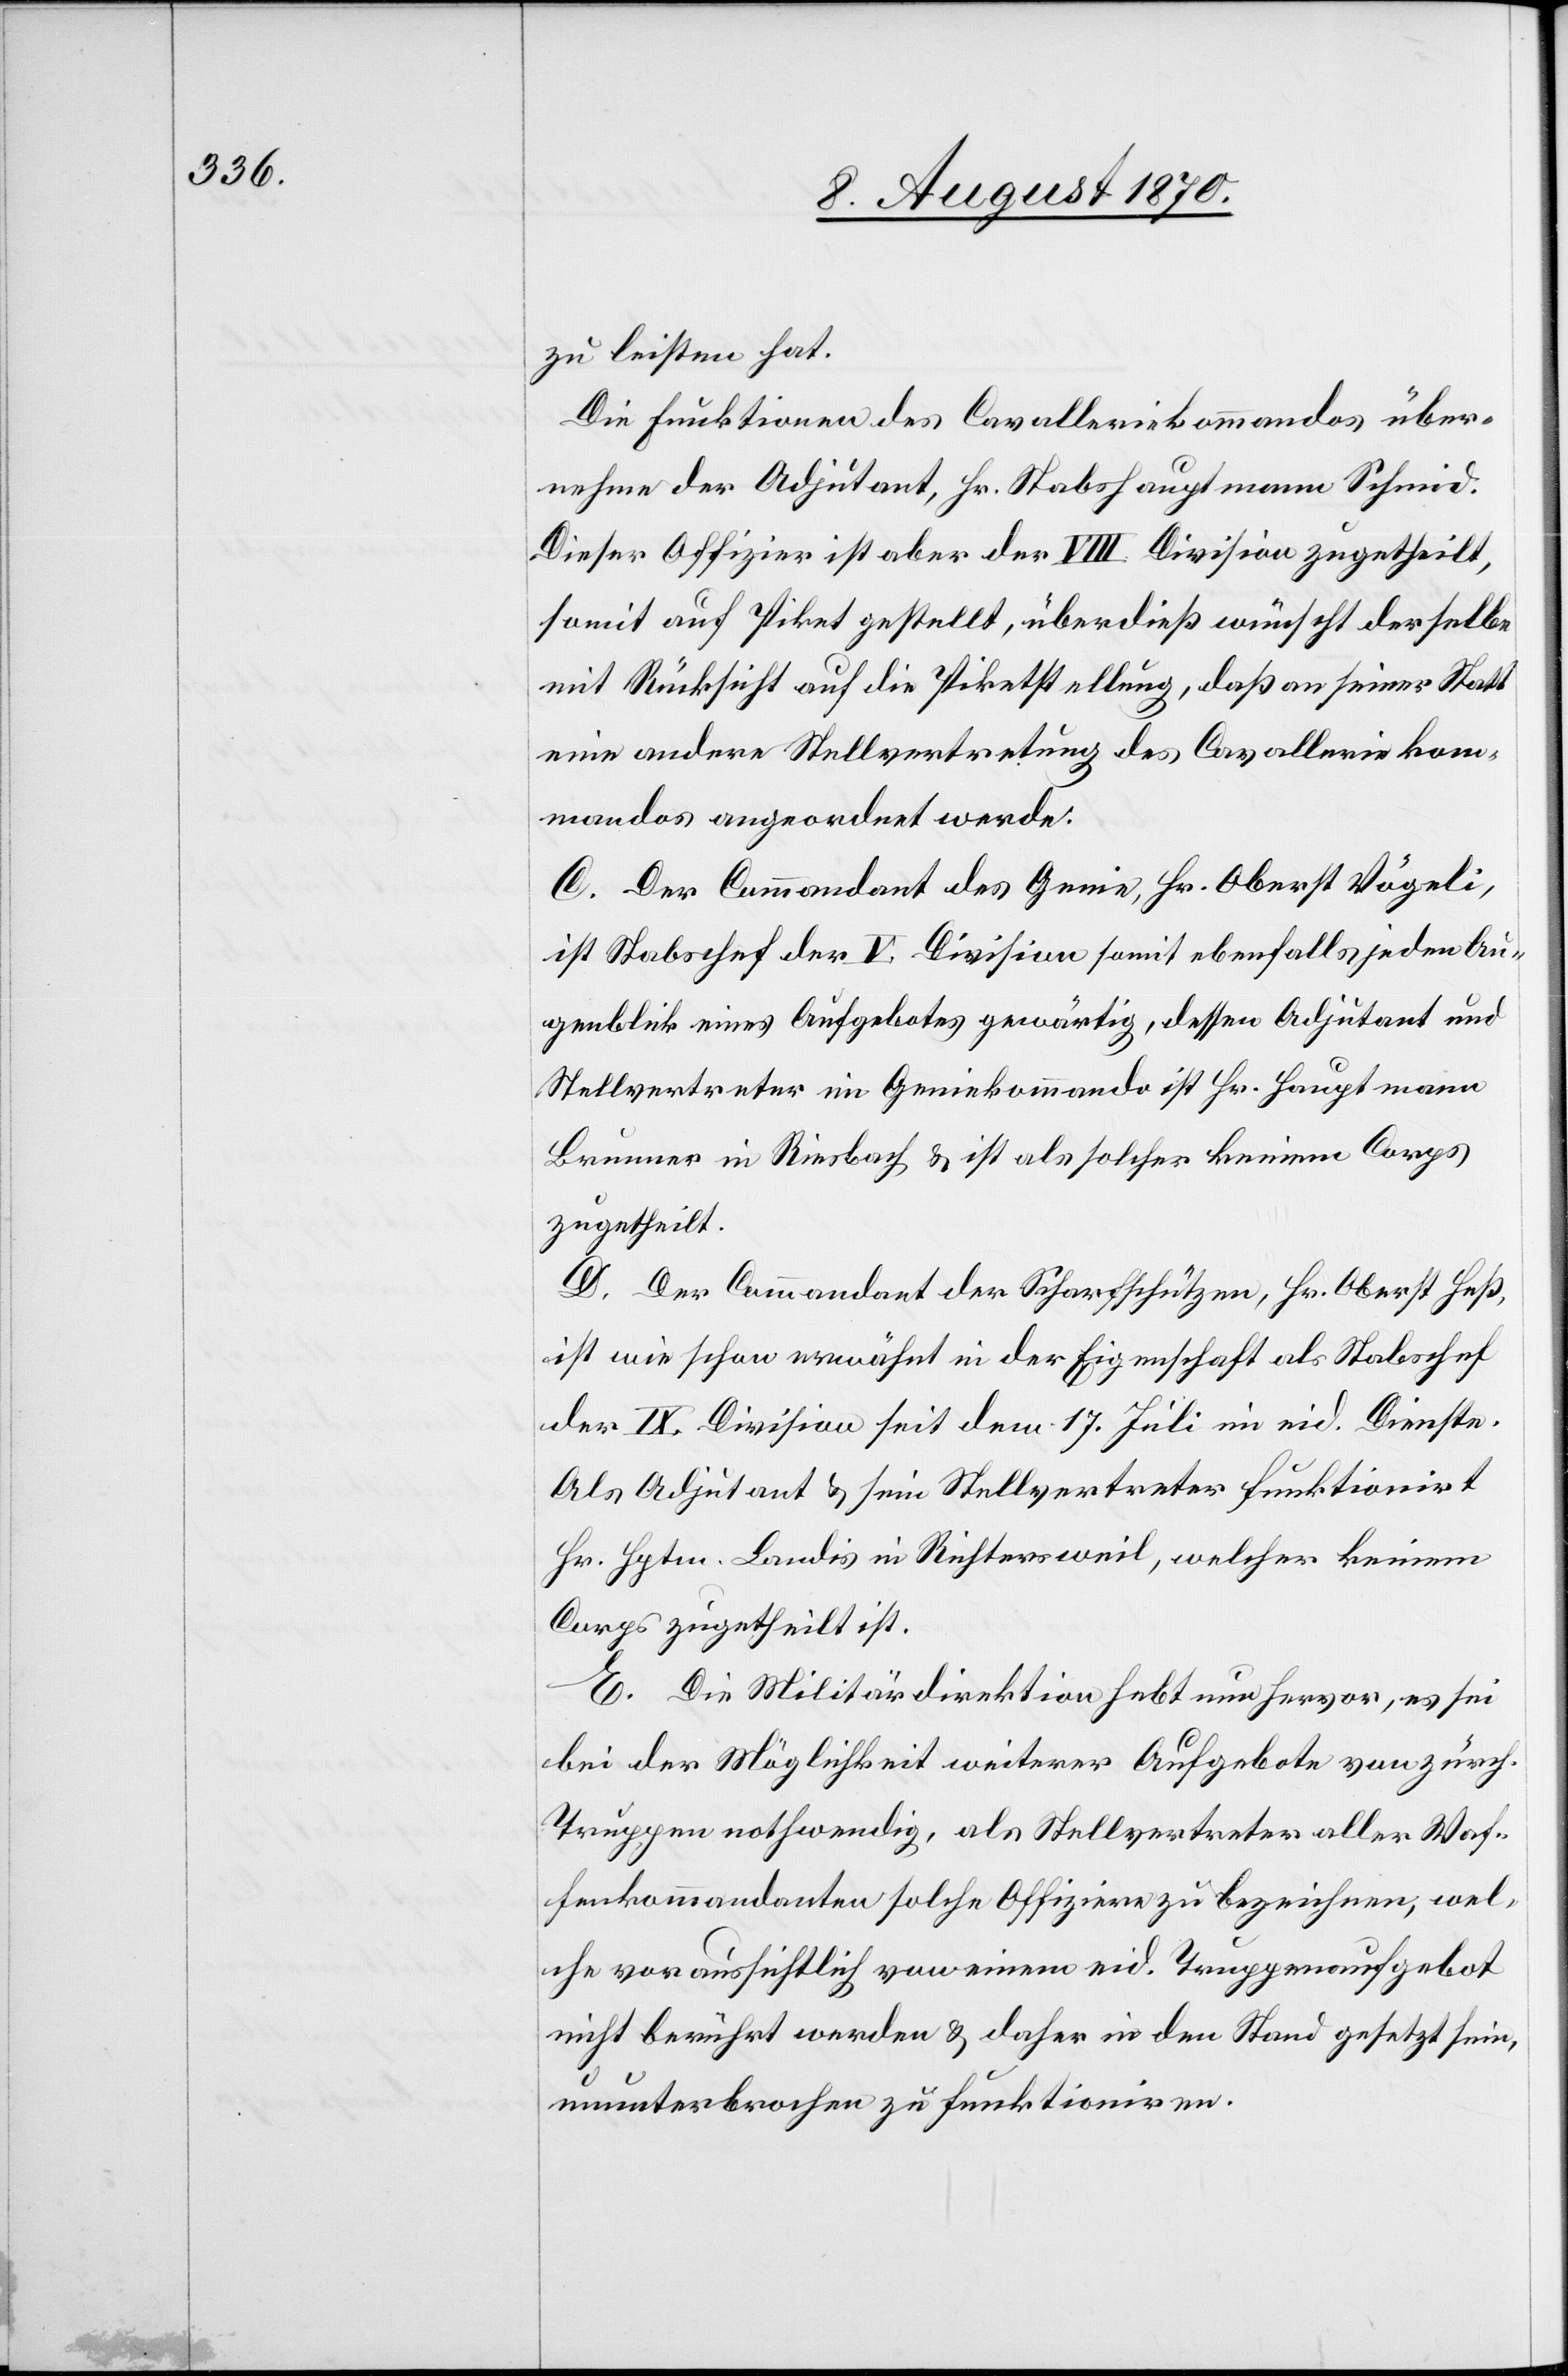
zu leisten hat.
Die Funktionen des Cavalleriekommandos über¬
nehme der Adjutant, Hr. Stabshauptmann Schmid.
Dieser Offizier ist aber der VIII. Division zugetheilt,
somit auf Piket gestellt, überdieß wünscht derselbe
mit Rücksicht auf die Piketstellung, daß an seiner Statt
eine andere Stellvertretung des Cavalleriekom¬
mandos angeordnet werde.
C. Der Commandant des Genie, Hrn. Oberst Vögeli,
ist Stabschef der V. Division somit ebenfalls jeden Au¬
genblick eines Aufgebotes gewärtig, dessen Adjutant und
Stellvertreter im Geniekommando ist Hr. Hauptmann
Brunner in Riesbach & ist als solcher keinem Corps
zugetheilt.
D. Der Commandant der Scharfschützen, Hr. Oberst Heß,
ist wie schon erwähnt in der Eigenschaft als Stabschef
der IX. Division seit dem 17. Juli im eid. Dienste.
Als Adjutant & sein Stellvertreter funktionirt
Hr. Hptm. Landis in Richtersweil, welcher keinem
Corps zugetheilt ist.
E. Die Militärdirektion hebt nun hervor, es sei
bei der Möglichkeit weiterer Aufgebote von zürch.
Truppen nothwendig, als Stellvertreter aller Waf¬
fenkommandanten solche Offiziere zu bezeichnen, wel¬
che voraussichtlich von einem eid. Truppenaufgebot
nicht berührt werden & daher in den Stand gesetzt sein
ununterbrochen zu funktioniren.